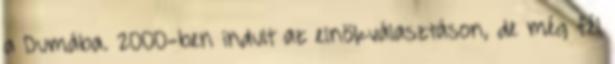
a Dumába. 2000-ben indult az elnökválasztáson, de még fél